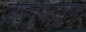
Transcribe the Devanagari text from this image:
पाड्व्यापासून